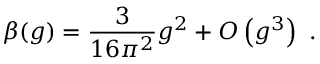
\beta ( g ) = { \frac { 3 } { 1 6 \pi ^ { 2 } } } g ^ { 2 } + O \left( g ^ { 3 } \right) ~ .